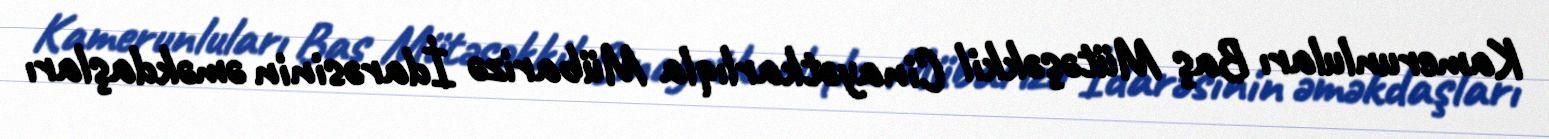
Kamerunluları Baş Mütəşəkkil Cinayətkarlıqla Mübarizə İdarəsinin əməkdaşları